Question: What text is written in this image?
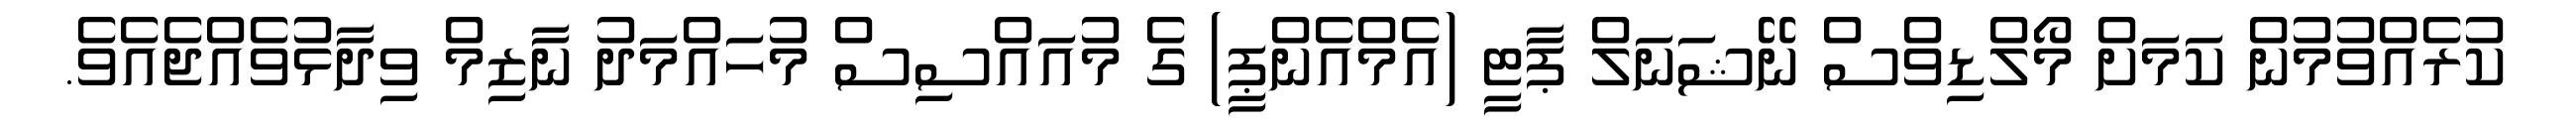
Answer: ކުރެއްވުމުން ކަމަށް މޯލްޑިވްސް ނޭޝަނަލް ޕާޓީ (އެމްއެންޕީ) ގެ މުއައްސިސް މުހައްމަދު ނާޒިމް ވިދާޅުވެއްޖެއެވެ.